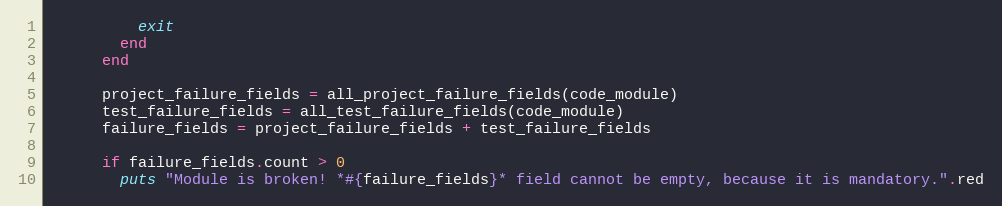
Language: Ruby
          exit
        end
      end

      project_failure_fields = all_project_failure_fields(code_module)
      test_failure_fields = all_test_failure_fields(code_module)
      failure_fields = project_failure_fields + test_failure_fields

      if failure_fields.count > 0
        puts "Module is broken! *#{failure_fields}* field cannot be empty, because it is mandatory.".red